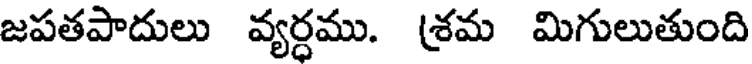
జపతపాదులు వ్యర్ధము. (శమ మిగులుతుంది